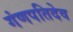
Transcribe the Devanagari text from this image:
गंणपतिदेव